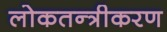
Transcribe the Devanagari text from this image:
लोकतन्‍त्रीकरण